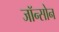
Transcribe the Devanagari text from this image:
जॉन्सोन